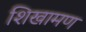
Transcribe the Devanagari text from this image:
शिखामण